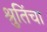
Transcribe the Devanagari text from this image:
श्रुतिंचा